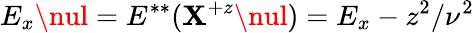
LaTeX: E_{x}\nul=E^{**}(\mathbf{X}^{+z}\nul)=E_{x}-z^{2}/\nu^{2}